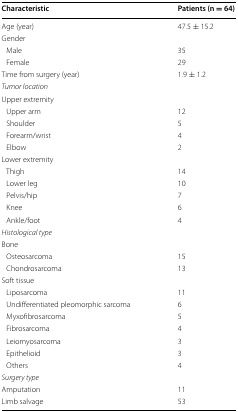
| Characteristic | Patients (n = 64) |
 | --- | --- |
 | Age (year) | 47.5 ± 15.2 |
 | <COLSPAN=2> Gender |
 | Male | 35 |
 | Female | 29 |
 | Time from surgery (year) | 1.9 ± 1.2 |
 | <COLSPAN=2> Tumor location |
 | <COLSPAN=2> Upper extremity |
 | Upper arm | 12 |
 | Shoulder | 5 |
 | Forearm/wrist | 4 |
 | Elbow | 2 |
 | <COLSPAN=2> Lower extremity |
 | Thigh | 14 |
 | Lower leg | 10 |
 | Pelvis/hip | 7 |
 | Knee | 6 |
 | Ankle/foot | 4 |
 | <COLSPAN=2> Histological type |
 | <COLSPAN=2> Bone |
 | Osteosarcoma | 15 |
 | Chondrosarcoma | 13 |
 | <COLSPAN=2> Soft tissue |
 | Liposarcoma | 11 |
 | Undifferentiated pleomorphic sarcoma | 6 |
 | Myxofibrosarcoma | 5 |
 | Fibrosarcoma | 4 |
 | Leiomyosarcoma | 3 |
 | Epithelioid | 3 |
 | Others | 4 |
 | <COLSPAN=2> Surgery type |
 | Amputation | 11 |
 | Limb salvage | 53 |